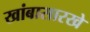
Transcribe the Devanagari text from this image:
खांबासारखे